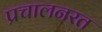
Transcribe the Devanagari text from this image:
प्रचालनरत